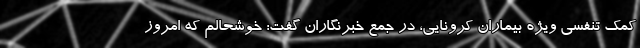
کمک تنفسی ویژه بیماران کرونایی، در جمع خبرنگاران گفت: خوشحالم که امروز